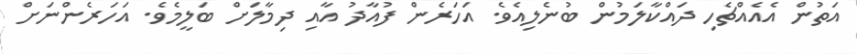
އަތުން އެއެއްޗެހި ދައްކާލަމުން ބުނެލިއެވެ. އަހަރެން ފުއާދު އާއި ދިމާލަށް ބަލީމެވެ. އަހަރެންނަށް